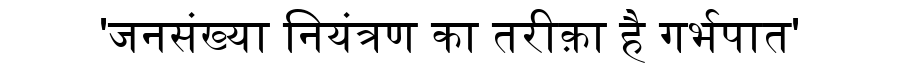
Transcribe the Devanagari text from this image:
'जनसंख्या नियंत्रण का तरीक़ा है गर्भपात'